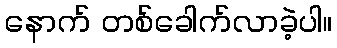
နောက် တစ်ခေါက်လာခဲ့ပါ။